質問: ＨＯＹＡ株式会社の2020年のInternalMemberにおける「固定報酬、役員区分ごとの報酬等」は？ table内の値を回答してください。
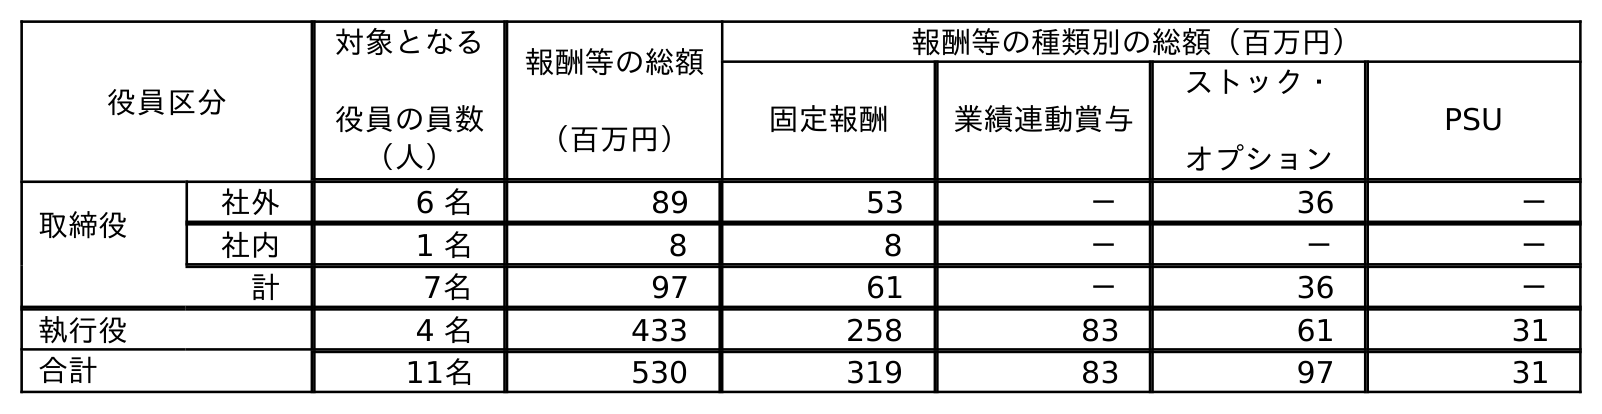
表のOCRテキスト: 役員区分 対象となる 役員の員数 （人） 報酬等の総額 （百万円） 報酬等の種類別の総額（百万円） 固定報酬 業績連動賞与 ストック・ オプション PSU 取締役 社外 6 名 89 53 － 36 － 社内 1 名 8 8 － － － 計 7名 97 61 － 36 － 執行役 4 名 433 258 83 61 31 合計 11名 530 319 83 97 31
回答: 8